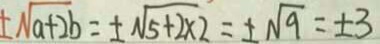
\pm \sqrt { a + 2 b } = \pm \sqrt { 5 + 2 \times 2 } = \pm \sqrt { 9 } = \pm 3